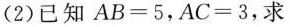
(2)已知$$A B = 5$$，$$A C = 3$$，求